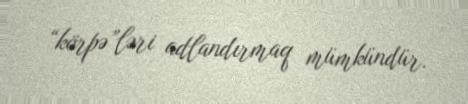
“körpə”ləri adlandırmaq mümkündür.